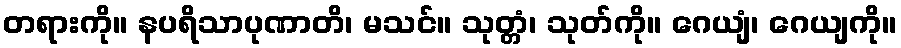
တရားကို။ နပရိသာပုဏာတိ၊ မသင်။ သုတ္တံ၊ သုတ်ကို။ ဂေယျံ၊ ဂေယျကို။